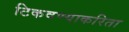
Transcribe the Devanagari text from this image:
टिकवण्याकरिता